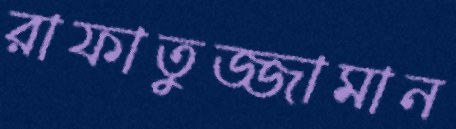
রাফাতুজ্জামান